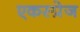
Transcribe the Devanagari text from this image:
एकस्प्रेज